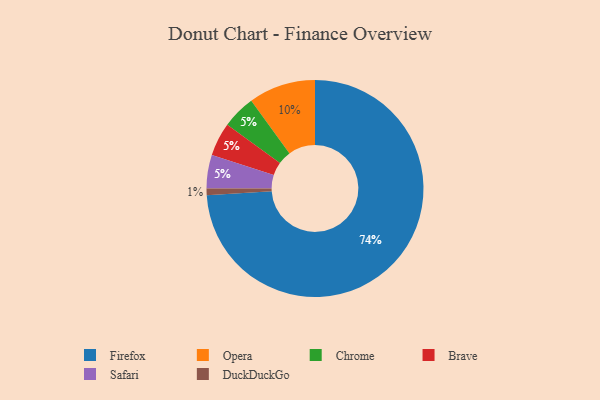
{"axis": {"x": "Category", "y": "Percentage"}, "legend": ["Brave", "Chrome", "DuckDuckGo", "Firefox", "Opera", "Safari"], "data": [{"x": "Chrome", "y": 5, "type": "Chrome"}, {"x": "Brave", "y": 5, "type": "Brave"}, {"x": "DuckDuckGo", "y": 1, "type": "DuckDuckGo"}, {"x": "Firefox", "y": 74, "type": "Firefox"}, {"x": "Opera", "y": 10, "type": "Opera"}, {"x": "Safari", "y": 5, "type": "Safari"}]}